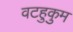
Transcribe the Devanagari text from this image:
वटहुकुम